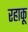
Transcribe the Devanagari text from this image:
रहाकू